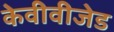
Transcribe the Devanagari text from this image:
केवीवीजेड